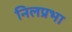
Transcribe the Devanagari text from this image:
निलप्रभा